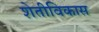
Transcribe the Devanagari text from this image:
शेतीविकास